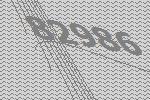
82986